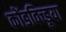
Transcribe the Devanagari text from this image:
कोंडविच्डूया